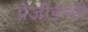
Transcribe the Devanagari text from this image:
प्रेजीडेन्सी